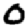
Digit: 0